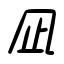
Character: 凪